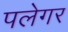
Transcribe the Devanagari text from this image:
पलेगर